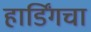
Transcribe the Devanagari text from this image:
हार्डिंगचा